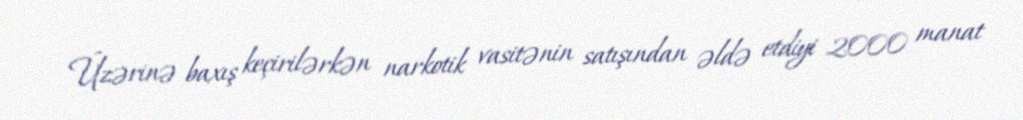
Üzərinə baxış keçirilərkən narkotik vasitənin satışından əldə etdiyi 2000 manat